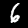
Digit: 6